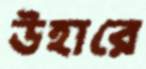
উহারে